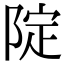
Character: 䧑